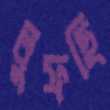
লুফছি